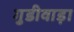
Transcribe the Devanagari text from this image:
गुडीवाड़ा